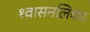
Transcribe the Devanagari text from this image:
श्‍वासनलिका